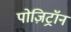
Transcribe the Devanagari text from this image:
पोज़िट्रॉन